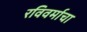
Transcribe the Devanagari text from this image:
रविवर्माचा